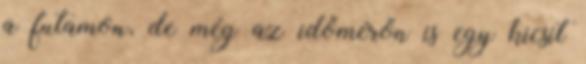
a futamon, de még az időmérőn is egy kicsit